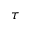
\tau